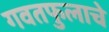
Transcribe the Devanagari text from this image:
गवतफुलाचे